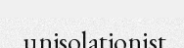
unisolationist